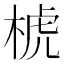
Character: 椃